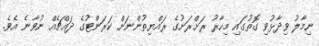
ނިމާލު ވިދާޅުވި ގޮތުގައި މިހާރު ރަށްރަށުގެ ރައްޔިތުންނަށް ކަރަންޓުގެ ދައްޗެއް ނުވާނެ އެވެ.